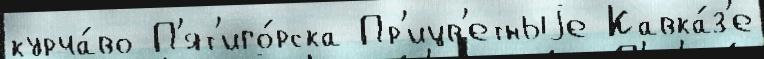
курча́во П'ят'иго́рска Пр'ицв'етныjе Кавка́з'е